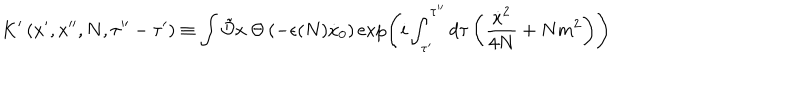
LaTeX: K ^ { \prime } \left( x ^ { \prime } , x ^ { \prime \prime } , N , \tau ^ { \prime \prime } - \tau ^ { \prime } \right) \equiv \int \tilde { \cal D } x \hspace { 0 . 2 5 e m } \Theta \left( - \epsilon ( N ) \dot { x } _ { 0 } \right) \exp \left( i \int _ { \tau ^ { \prime } } ^ { \tau ^ { \prime \prime } } d \tau \left( \frac { \dot { x } ^ { 2 } } { 4 N } + N m ^ { 2 } \right) \right)